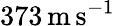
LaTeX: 373\, \mathrm{m\, s}^{-1}